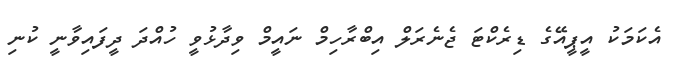
އެކަމަކު އީޕީއޭގެ ޑިރެކްޓަ ޖެނެރަލް އިބްރާހިމް ނައީމް ވިދާޅުވީ ހުއްދަ ދީފައިވާނީ ކުނި